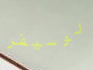
لوسيفر